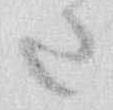
さ